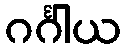
ဂင်္ဂါယ